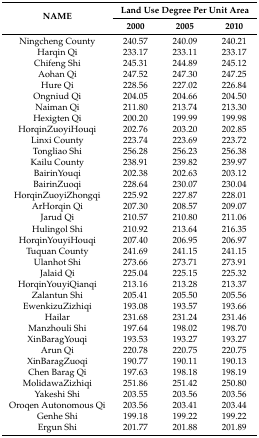
<table><thead><tr><td rowspan="2"><b>NAME</b></td><td colspan="3"><b>Land Use Degree Per Unit Area</b></td></tr><tr><td><b>2000</b></td><td><b>2005</b></td><td><b>2010</b></td></tr></thead><tbody><tr><td>Ningcheng County</td><td>240.57 </td><td>240.09 </td><td>240.21 </td></tr><tr><td>Harqin Qi</td><td>233.17 </td><td>233.11 </td><td>233.17 </td></tr><tr><td>Chifeng Shi</td><td>245.31 </td><td>244.89 </td><td>245.12 </td></tr><tr><td>Aohan Qi</td><td>247.52 </td><td>247.30 </td><td>247.25 </td></tr><tr><td>Hure Qi</td><td>228.56 </td><td>227.02 </td><td>226.84 </td></tr><tr><td>Ongniud Qi</td><td>204.05 </td><td>204.66 </td><td>204.50 </td></tr><tr><td>Naiman Qi</td><td>211.80 </td><td>213.74 </td><td>213.30 </td></tr><tr><td>Hexigten Qi</td><td>200.20 </td><td>199.99 </td><td>199.98 </td></tr><tr><td>HorqinZuoyiHouqi</td><td>202.76 </td><td>203.20 </td><td>202.85 </td></tr><tr><td>Linxi County</td><td>223.74 </td><td>223.69 </td><td>223.72 </td></tr><tr><td>Tongliao Shi</td><td>256.28 </td><td>256.23 </td><td>256.38 </td></tr><tr><td>Kailu County</td><td>238.91 </td><td>239.82 </td><td>239.97 </td></tr><tr><td>BairinYouqi</td><td>202.38 </td><td>202.63 </td><td>203.12 </td></tr><tr><td>BairinZuoqi</td><td>228.64 </td><td>230.07 </td><td>230.04 </td></tr><tr><td>HorqinZuoyiZhongqi</td><td>225.92 </td><td>227.87 </td><td>228.01 </td></tr><tr><td>ArHorqin Qi</td><td>207.30 </td><td>208.57 </td><td>209.07 </td></tr><tr><td>Jarud Qi</td><td>210.57 </td><td>210.80 </td><td>211.06 </td></tr><tr><td>Hulingol Shi</td><td>210.92 </td><td>213.64 </td><td>216.35 </td></tr><tr><td>HorqinYouyiHouqi</td><td>207.40 </td><td>206.95 </td><td>206.97 </td></tr><tr><td>Tuquan County</td><td>241.69 </td><td>241.15 </td><td>241.15 </td></tr><tr><td>Ulanhot Shi</td><td>273.66 </td><td>273.71 </td><td>273.91 </td></tr><tr><td>Jalaid Qi</td><td>225.04 </td><td>225.15 </td><td>225.32 </td></tr><tr><td>HorqinYouyiQianqi</td><td>213.16 </td><td>213.28 </td><td>213.37 </td></tr><tr><td>Zalantun Shi</td><td>205.41 </td><td>205.50 </td><td>205.56 </td></tr><tr><td>EwenkizuZizhiqi</td><td>193.08 </td><td>193.57 </td><td>193.66 </td></tr><tr><td>Hailar</td><td>231.68 </td><td>231.24 </td><td>231.46 </td></tr><tr><td>Manzhouli Shi</td><td>197.64 </td><td>198.02 </td><td>198.70 </td></tr><tr><td>XinBaragYouqi</td><td>193.53 </td><td>193.27 </td><td>193.27 </td></tr><tr><td>Arun Qi</td><td>220.78 </td><td>220.75 </td><td>220.75 </td></tr><tr><td>XinBaragZuoqi</td><td>190.77 </td><td>190.11 </td><td>190.13 </td></tr><tr><td>Chen Barag Qi</td><td>197.63 </td><td>198.18 </td><td>198.19 </td></tr><tr><td>MolidawaZizhiqi</td><td>251.86 </td><td>251.42 </td><td>250.80 </td></tr><tr><td>Yakeshi Shi</td><td>203.55 </td><td>203.56 </td><td>203.56 </td></tr><tr><td>Oroqen Autonomous Qi</td><td>203.56 </td><td>203.41 </td><td>203.44 </td></tr><tr><td>Genhe Shi</td><td>199.18 </td><td>199.22 </td><td>199.22 </td></tr><tr><td>Ergun Shi</td><td>201.77 </td><td>201.88 </td><td>201.89 </td></tr></tbody></table>